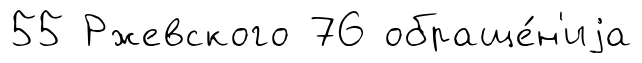
55 Ржевского 76 обраще́н'иjа